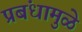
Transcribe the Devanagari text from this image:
प्रबंधामुळे